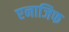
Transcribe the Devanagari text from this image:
एनाजिफ